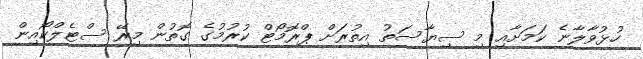
ހުޅުވާލާނެ ކަމަށާއި މި ސިޔާސަތު އިތުރަށް ޕްރޮމޯޓް ކުރުމުގެ ގޮތުން މިރޭ ސްޓެލްކޯއިން